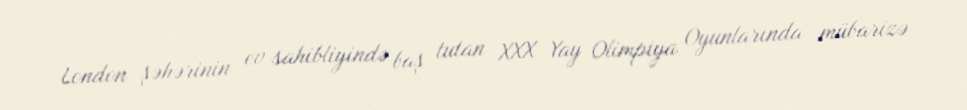
London şəhərinin ev sahibliyində baş tutan XXX Yay Olimpiya Oyunlarında mübarizə